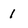
Character: 1